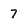
Character: 7